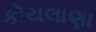
કૉયલાણા